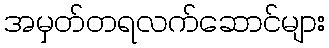
အမှတ်တရလက်ဆောင်များ